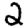
Digit: 2